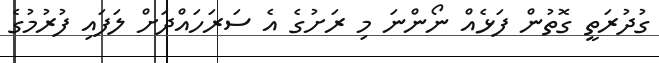
ގުދުރަތީ ގޮތުން ފަޅެއް ނޯންނަ މި ރަށުގެ އެ ސަރަހައްދަށް ލަފައި ފުރުމުގެ